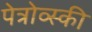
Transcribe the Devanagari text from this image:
पेत्रोव्स्की